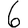
Digit: 6